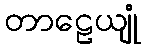
တာဠေယျုံ